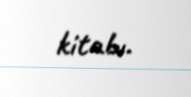
kitabı.